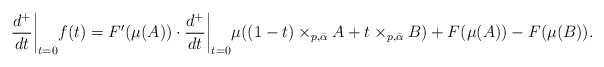
\begin{align*} \frac{d^+}{dt}\biggr\rvert_{t=0}f(t) =F'(\mu(A))\cdot \frac{d^+}{dt}\biggr\rvert_{t=0}\mu((1-t) \times_{p,\bar{\alpha}}A + t \times_{p,\bar{\alpha}} B) + F(\mu(A))-F(\mu(B)). \end{align*}